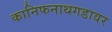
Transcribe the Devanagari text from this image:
कानिफनाथगडावर